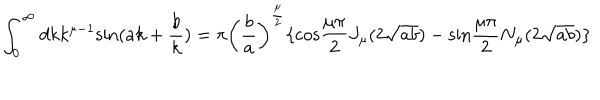
\int _ { 0 } ^ { \infty } d k k ^ { { \mu } - 1 } \mathrm { s i n } ( a k + \frac { b } { k } ) = { \pi } \left( \frac { b } { a } \right) ^ { \frac { \mu } { 2 } } \{ \mathrm { c o s } \frac { { \mu } { \pi } } { 2 } J _ { \mu } ( 2 \sqrt { a b } ) - \mathrm { s i n } \frac { { \mu } { \pi } } { 2 } N _ { \mu } ( 2 \sqrt { a b } ) \}